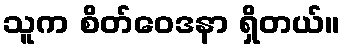
သူက စိတ်ဝေဒနာ ရှိတယ်။